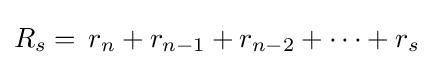
R_{s}=\,r_{n}+r_{n-1}+r_{n-2}+\cdots +r_{s}